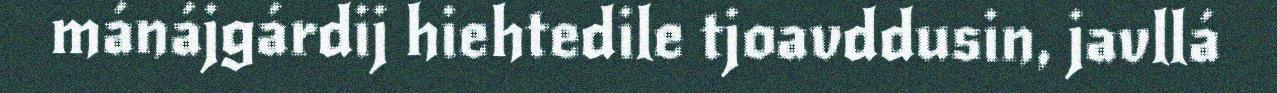
mánájgárdij hiehtedile tjoavddusin, javllá